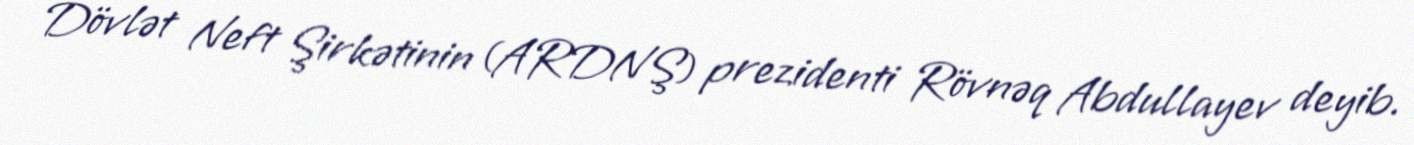
Dövlət Neft Şirkətinin (ARDNŞ) prezidenti Rövnəq Abdullayev deyib.